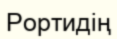
Рортидің